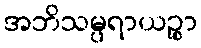
အဘိသမ္ပရာယဉ္စာ